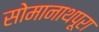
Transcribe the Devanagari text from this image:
सोमानाथपूरा